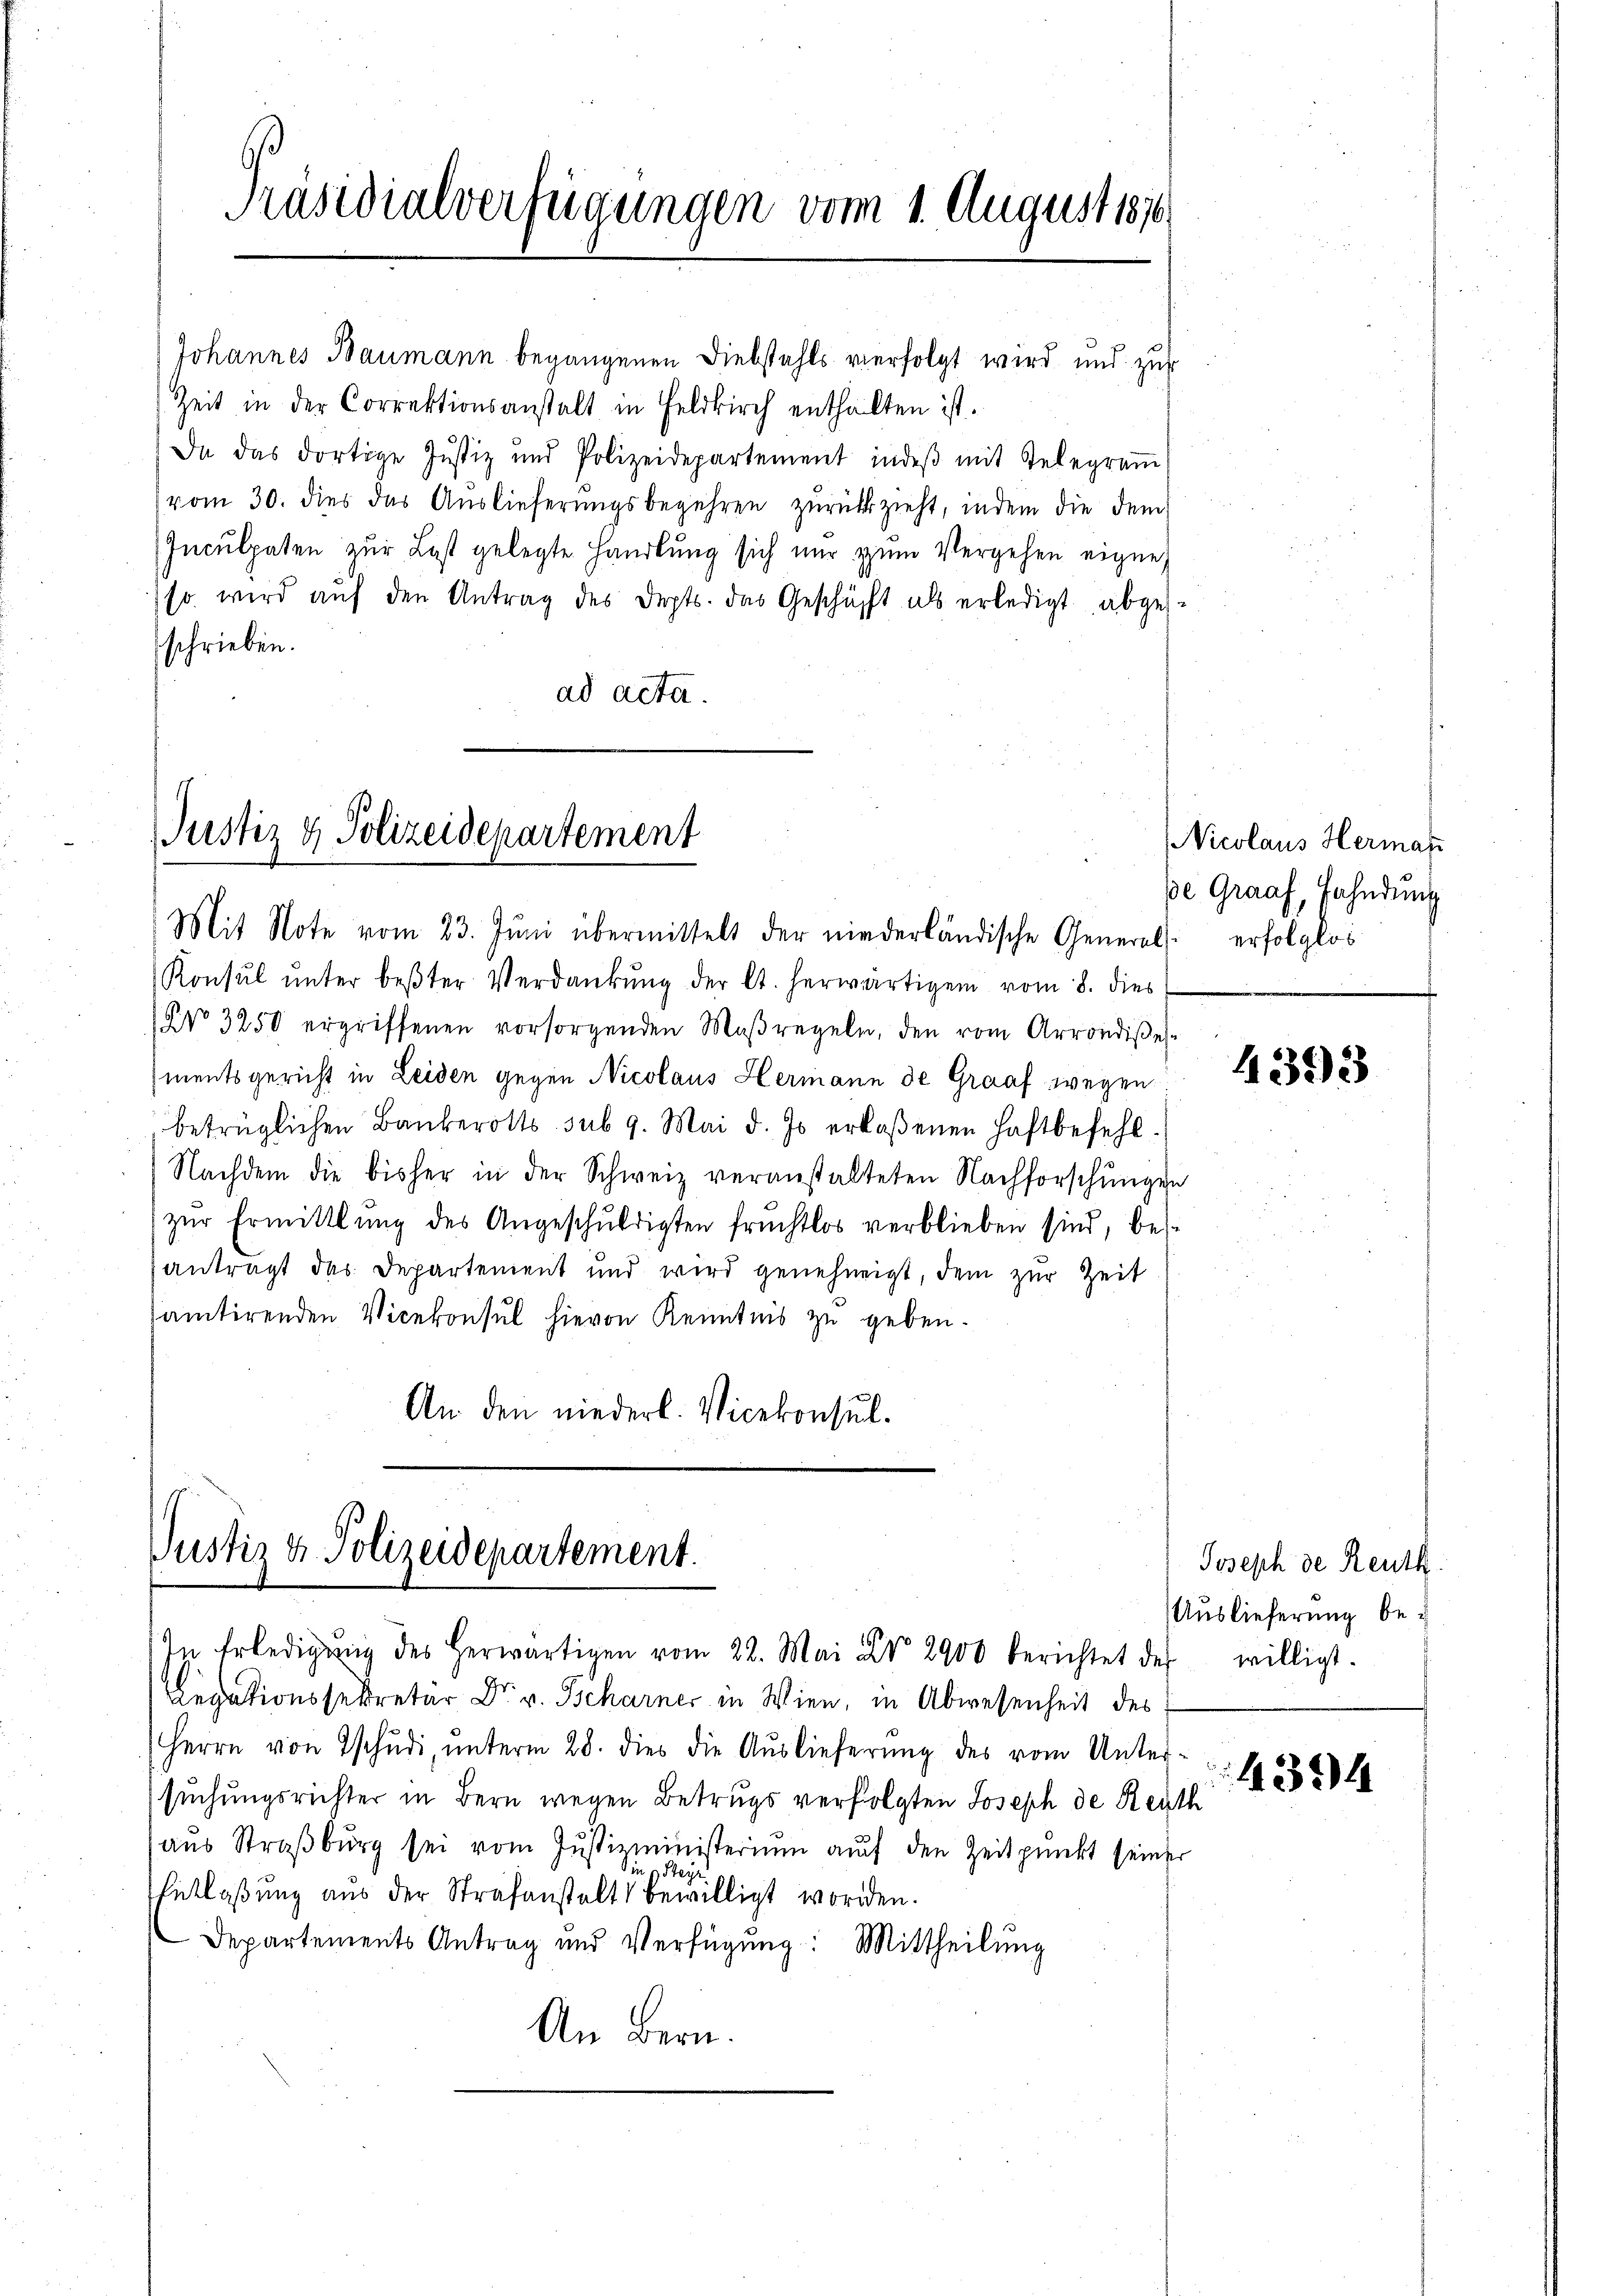
Präsidialverfügungen vom 1. August 1810

Johannes Baumann begangenen Diebstahls verfolgt wird und zur
Zeit in der Correktionsanstalt in Feldkirch enthalten ist.
Da das dortige Jŭstiz und Polizeidepartement indeβ mit Telegraṁ
vom 30. dies das Auslieferungsbegehren zurückzieht, indem die dem
Inculpaten zur Last gelegte Handlŭng sich nŭr zŭm Vergehen eigne
so wird auf den Antrag des Depts. das Geschäft als erledigt abgeschrieben.
ad acta.

Justiz & Polizeidepartement

Mit Note vom 23. Jŭni übermittelt der niederländische General erfolglos
Konsŭl ŭnter bester Verdankŭng der lt. herwärtigen vom 8. dies
Nro 3250 ergriffenen vorsorgenden Maβregeln, den vom Arrondises
mentsgericht in Leiden gegen Nicolaus Hermann de Grauf wegen
betrüglichen Bankerotts sub 9. Mai d. Js. erlaßenen Haftbefehl¬
Nachdem die bisher in der Schweiz veranstalteten Nachforschungen
zŭr Ermittlung des Angeschŭldigten früchtlos verblieben sind, bes
antragt das Departement und wird genehmigt, dem zur Zeit
santirenden Vicekonsul hievon Kenntnis zu geben.
An den niederl. Vicekonsul.

Justiz & Polizeidepartement.
In Erledigŭng des herwärtigen vom 22. Mai Xr. 2900 berichtet des willigt.

Legationssekretär Dr. v. Tscharner in Wien, in Abwesenheit des
Herrn von Tschudi, unterm 28. dies die Auslieferung des vom Unter-
suchungsrichter in Bern wegen Betrugs verfolgten Joseph de Reuth
aus Straßburg sei vom Justizministerium auf den Zeitpunkt seiner
in
Entlaßung aus der Strafanstalt bewilligt worden.
Departements Antrag und Verfügung: Mittheilung
An Bern.

Nicolaus Hermas
de Graaf, Fahndung

4393

Joseph der Reuth.
Auslieferung be¬
1324